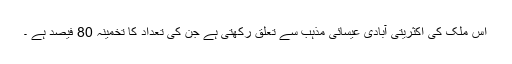
اس ملک کی اکثریتی آبادی عیسائی مذہب سے تعلق رکھتی ہے جن کی تعداد کا تخمینہ 80 فیصد ہے ۔